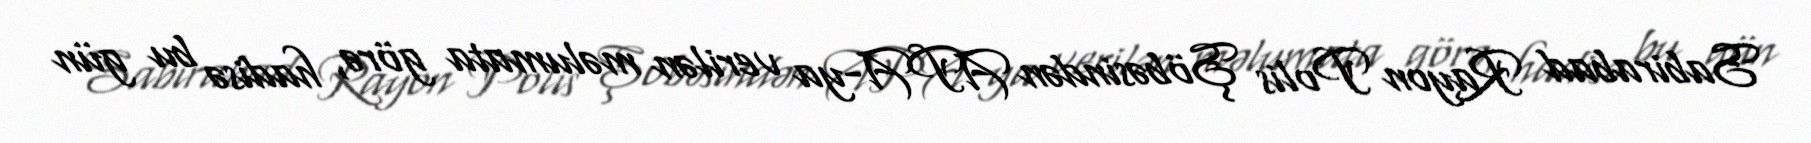
Sabirabad Rayon Polis Şöbəsindən APA-ya verilən məlumata görə, hadisə bu gün